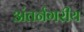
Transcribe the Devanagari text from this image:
अंतर्नगरीय